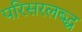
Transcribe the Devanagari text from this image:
परिसरलब्द्ध